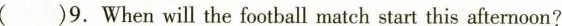
()9.When will the football match start this afternoon?